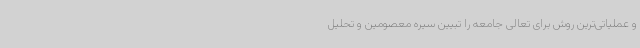
و عملیاتی‌ترین روش برای تعالی جامعه را تبیین سیره معصومین و تحلیل